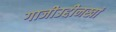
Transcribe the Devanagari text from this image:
गाजीउद्दीनखां